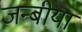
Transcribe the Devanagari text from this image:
जन्बीया